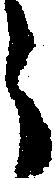
う